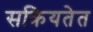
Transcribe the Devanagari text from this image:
सक्रियतेत